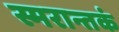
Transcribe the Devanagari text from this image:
स्मरान्तकं